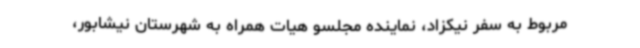
مربوط به سفر نیکزاد، نماینده مجلسو هیات همراه به شهرستان نیشابور،